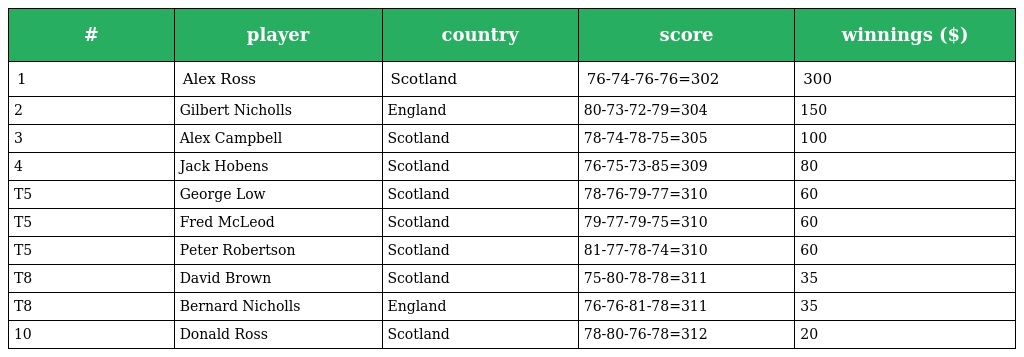
| # | player | country | score | winnings ($) |
 | --- | --- | --- | --- | --- |
 | 1 | Alex Ross | Scotland | 76-74-76-76=302 | 300 |
 | 2 | Gilbert Nicholls | England | 80-73-72-79=304 | 150 |
 | 3 | Alex Campbell | Scotland | 78-74-78-75=305 | 100 |
 | 4 | Jack Hobens | Scotland | 76-75-73-85=309 | 80 |
 | T5 | George Low | Scotland | 78-76-79-77=310 | 60 |
 | T5 | Fred McLeod | Scotland | 79-77-79-75=310 | 60 |
 | T5 | Peter Robertson | Scotland | 81-77-78-74=310 | 60 |
 | T8 | David Brown | Scotland | 75-80-78-78=311 | 35 |
 | T8 | Bernard Nicholls | England | 76-76-81-78=311 | 35 |
 | 10 | Donald Ross | Scotland | 78-80-76-78=312 | 20 |